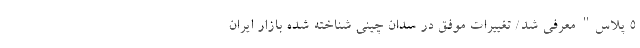
5 پلاس" معرفی شد/ تغییرات موفق در سدان چینی شناخته شده بازار ایران